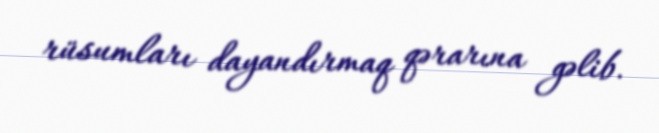
rüsumları dayandırmaq qərarına gəlib.